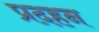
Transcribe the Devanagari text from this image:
प्रदहन